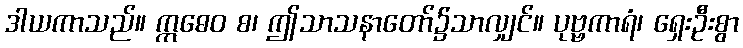
ဒါယကာသည်။ ဣဓေဝ စ၊ ဤသာသနာတော်၌သာလျှင်။ ပုဗ္ဗကာရံ၊ ရှေးဦးစွာ